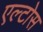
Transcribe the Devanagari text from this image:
एल्टोस